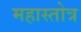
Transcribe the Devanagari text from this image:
महास्तोत्र